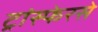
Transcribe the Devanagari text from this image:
ट्रांस्फेरसे